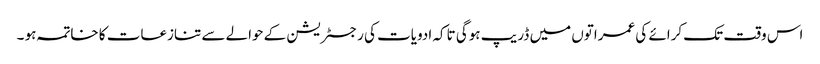
اس وقت تک کرائے کی عمراتوں میں ڈریپ ہوگی تاکہ ادویات کی رجسٹریشن کے حوالے سے تنازعات کا خاتمہ ہو ۔